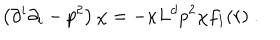
LaTeX: \left( \partial ^ { i } \partial _ { i } - p ^ { 2 } \right) \chi = - \kappa L ^ { d } p ^ { 2 } \chi f _ { 1 } ( r ) ~ .